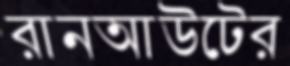
রানআউটের